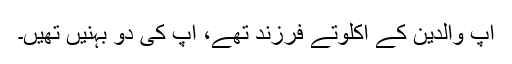
آپ والدین کے اکلوتے فرزند تھے، آپ کی دو بہنیں تھیں۔